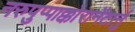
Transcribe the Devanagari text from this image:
नरुपुप्पाक्कोरानेंटार्नु